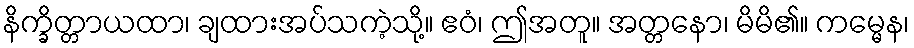
နိက္ခိတ္တာယထာ၊ ချထားအပ်သကဲ့သို့။ ဧဝံ၊ ဤအတူ။ အတ္တနော၊ မိမိ၏။ ကမ္မေန၊